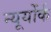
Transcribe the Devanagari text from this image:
न्यूयोंर्क